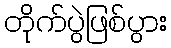
တိုက်ပွဲဖြစ်ပွား